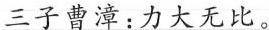
三子曹漳：力大无比。